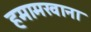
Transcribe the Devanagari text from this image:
हमामखाना